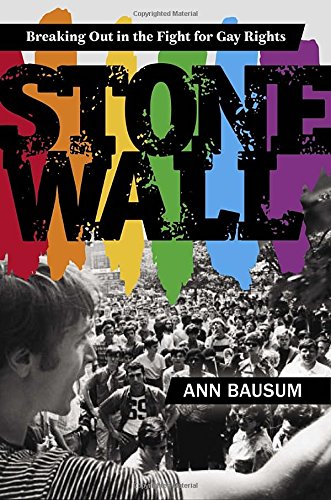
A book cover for Stonewall: Breaking Out in the Fight for Gay Rights; Ann Bausum; Teen & Young Adult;